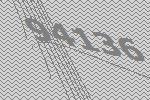
94136